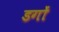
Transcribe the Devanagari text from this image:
डगों